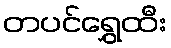
တပင်ရွှေထီး